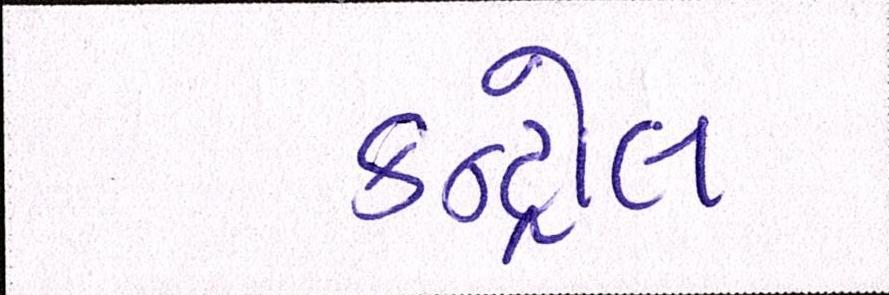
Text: કન્ટ્રોલ